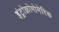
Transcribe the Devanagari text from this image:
इंट्रोक्रोमोमेरिक